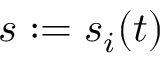
s : = s _ { i } ( t )